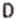
D